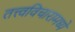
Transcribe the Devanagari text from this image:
तत्त्वविचारामध्ये